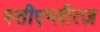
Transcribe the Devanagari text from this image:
स्तीएग्लीत्ज़